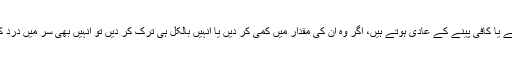
وہ لوگ جو روزانہ چائے یا کافی پینے کے عادی ہوتے ہیں، اگر وہ ان کی مقدار میں کمی کر دیں یا انہیں بالکل ہی ترک کر دیں تو انہیں بھی سر میں درد کی شکایت ہوسکتی ہے۔